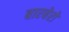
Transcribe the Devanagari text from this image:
बारबेरो